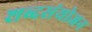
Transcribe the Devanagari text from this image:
शब्दसंयोजन